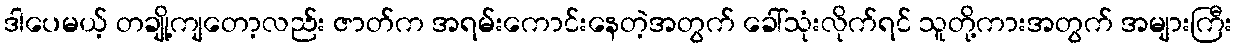
ဒါပေမယ့် တချို့ကျတော့လည်း ဇာတ်က အရမ်းကောင်းနေတဲ့အတွက် ခေါ်သုံးလိုက်ရင် သူတို့ကားအတွက် အများကြီး